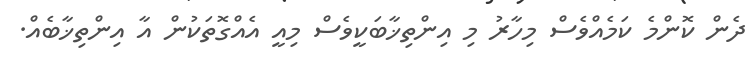
ދެން ކޮންމެ ކަމެއްވެސް މިހާރު މި އިންތިޚާބަކީވެސް މިއީ އެއްގޮތަކުން އާ އިންތިޚާބެއް.